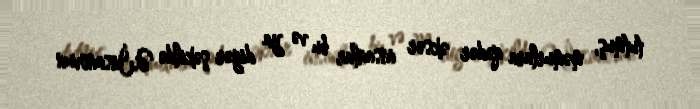
tutmuş, məmurlara qədər əksər insanlar bu və ya digər şəkildə Ə.İnsanovun